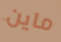
ماين